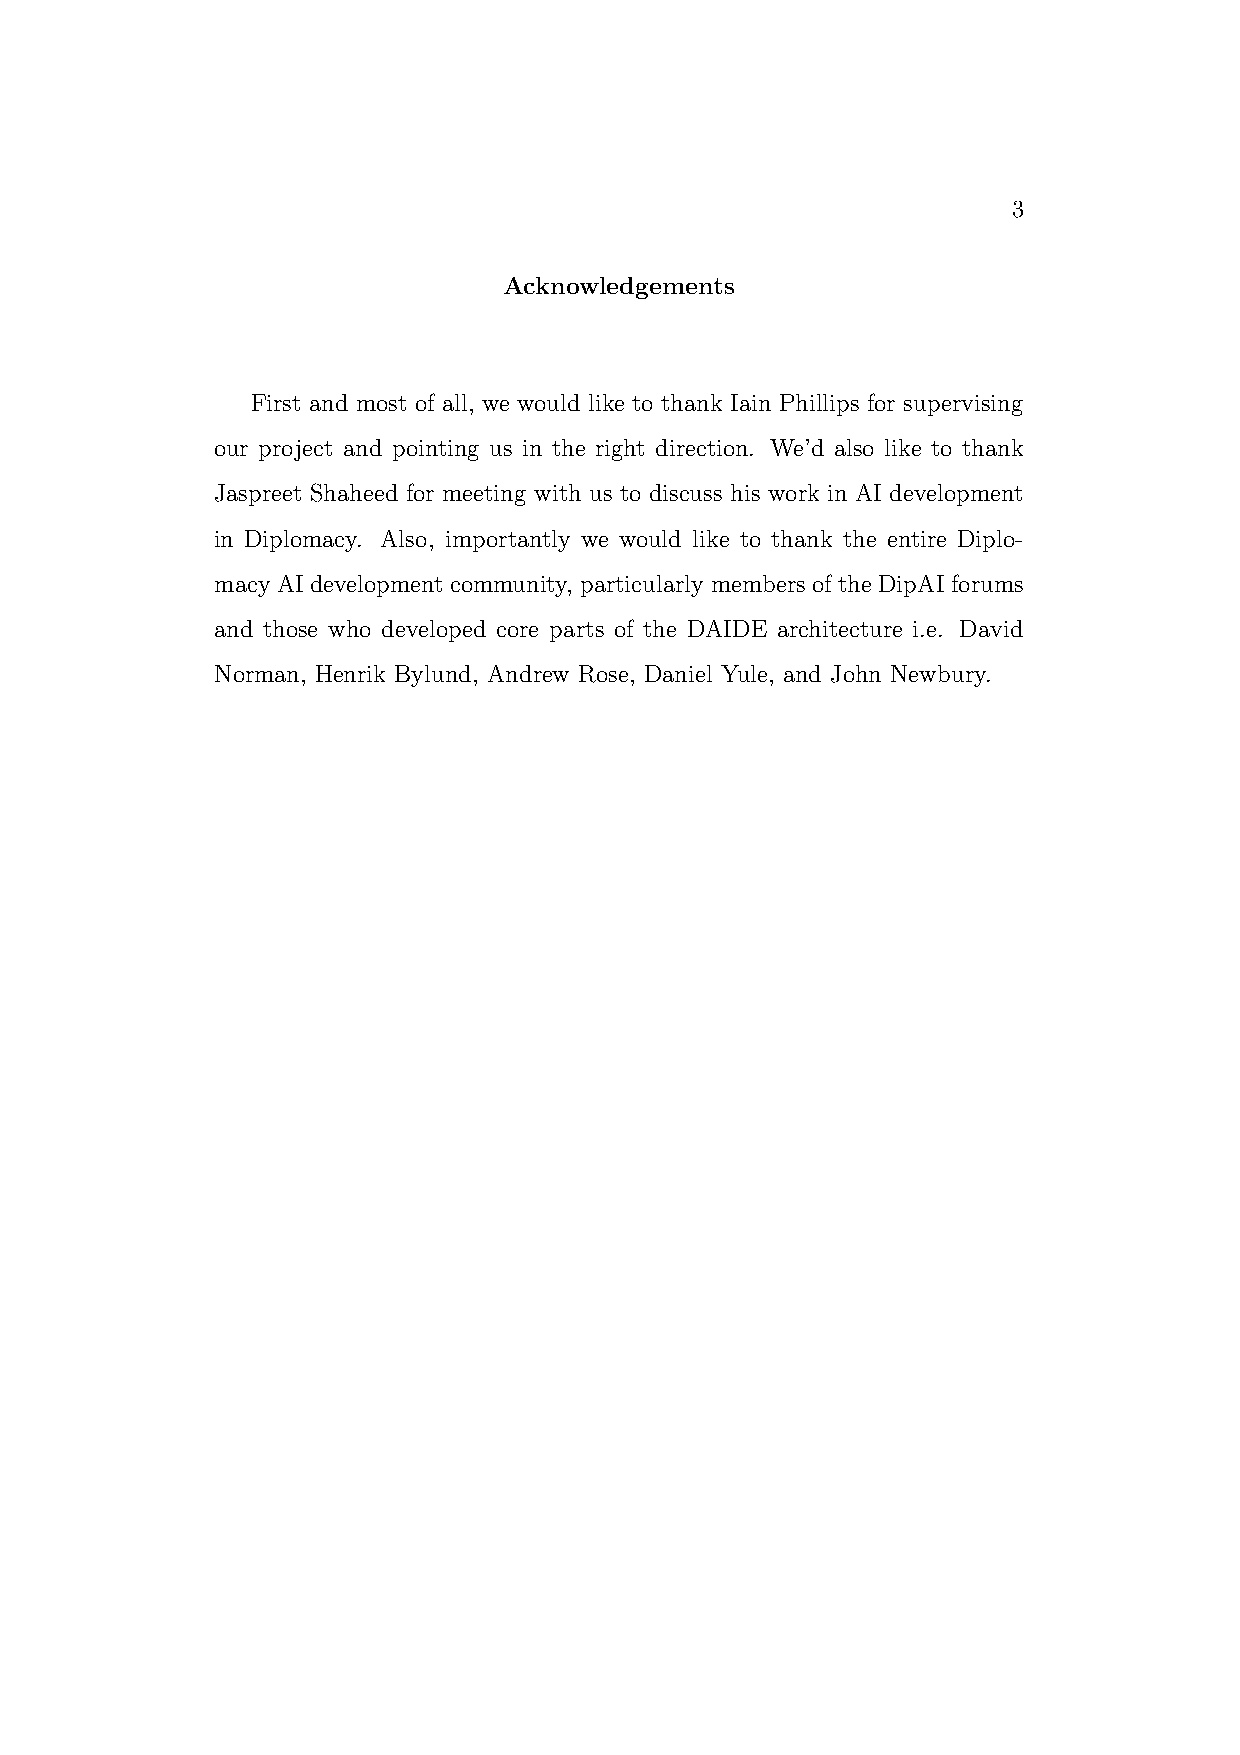
3
 Acknowledgements
 First and most of all, we would like to thank Iain Phillips for supervising
 our project and pointing us in the right direction. We’d also like to thank
 Jaspreet Shaheed for meeting with us to discuss his work in AI development
 in Diplomacy. Also, importantly we would like to thank the entire Diplo-
 macy AI development community, particularly members of the DipAI forums
 and those who developed core parts of the DAIDE architecture i.e. David
 Norman, Henrik Bylund, Andrew Rose, Daniel Yule, and John Newbury.